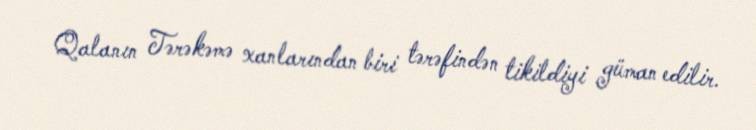
Qalanın Tərəkəmə xanlarından biri tərəfindən tikildiyi güman edilir.